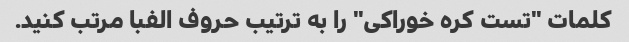
کلمات "تست کره خوراکی" را به ترتیب حروف الفبا مرتب کنید.